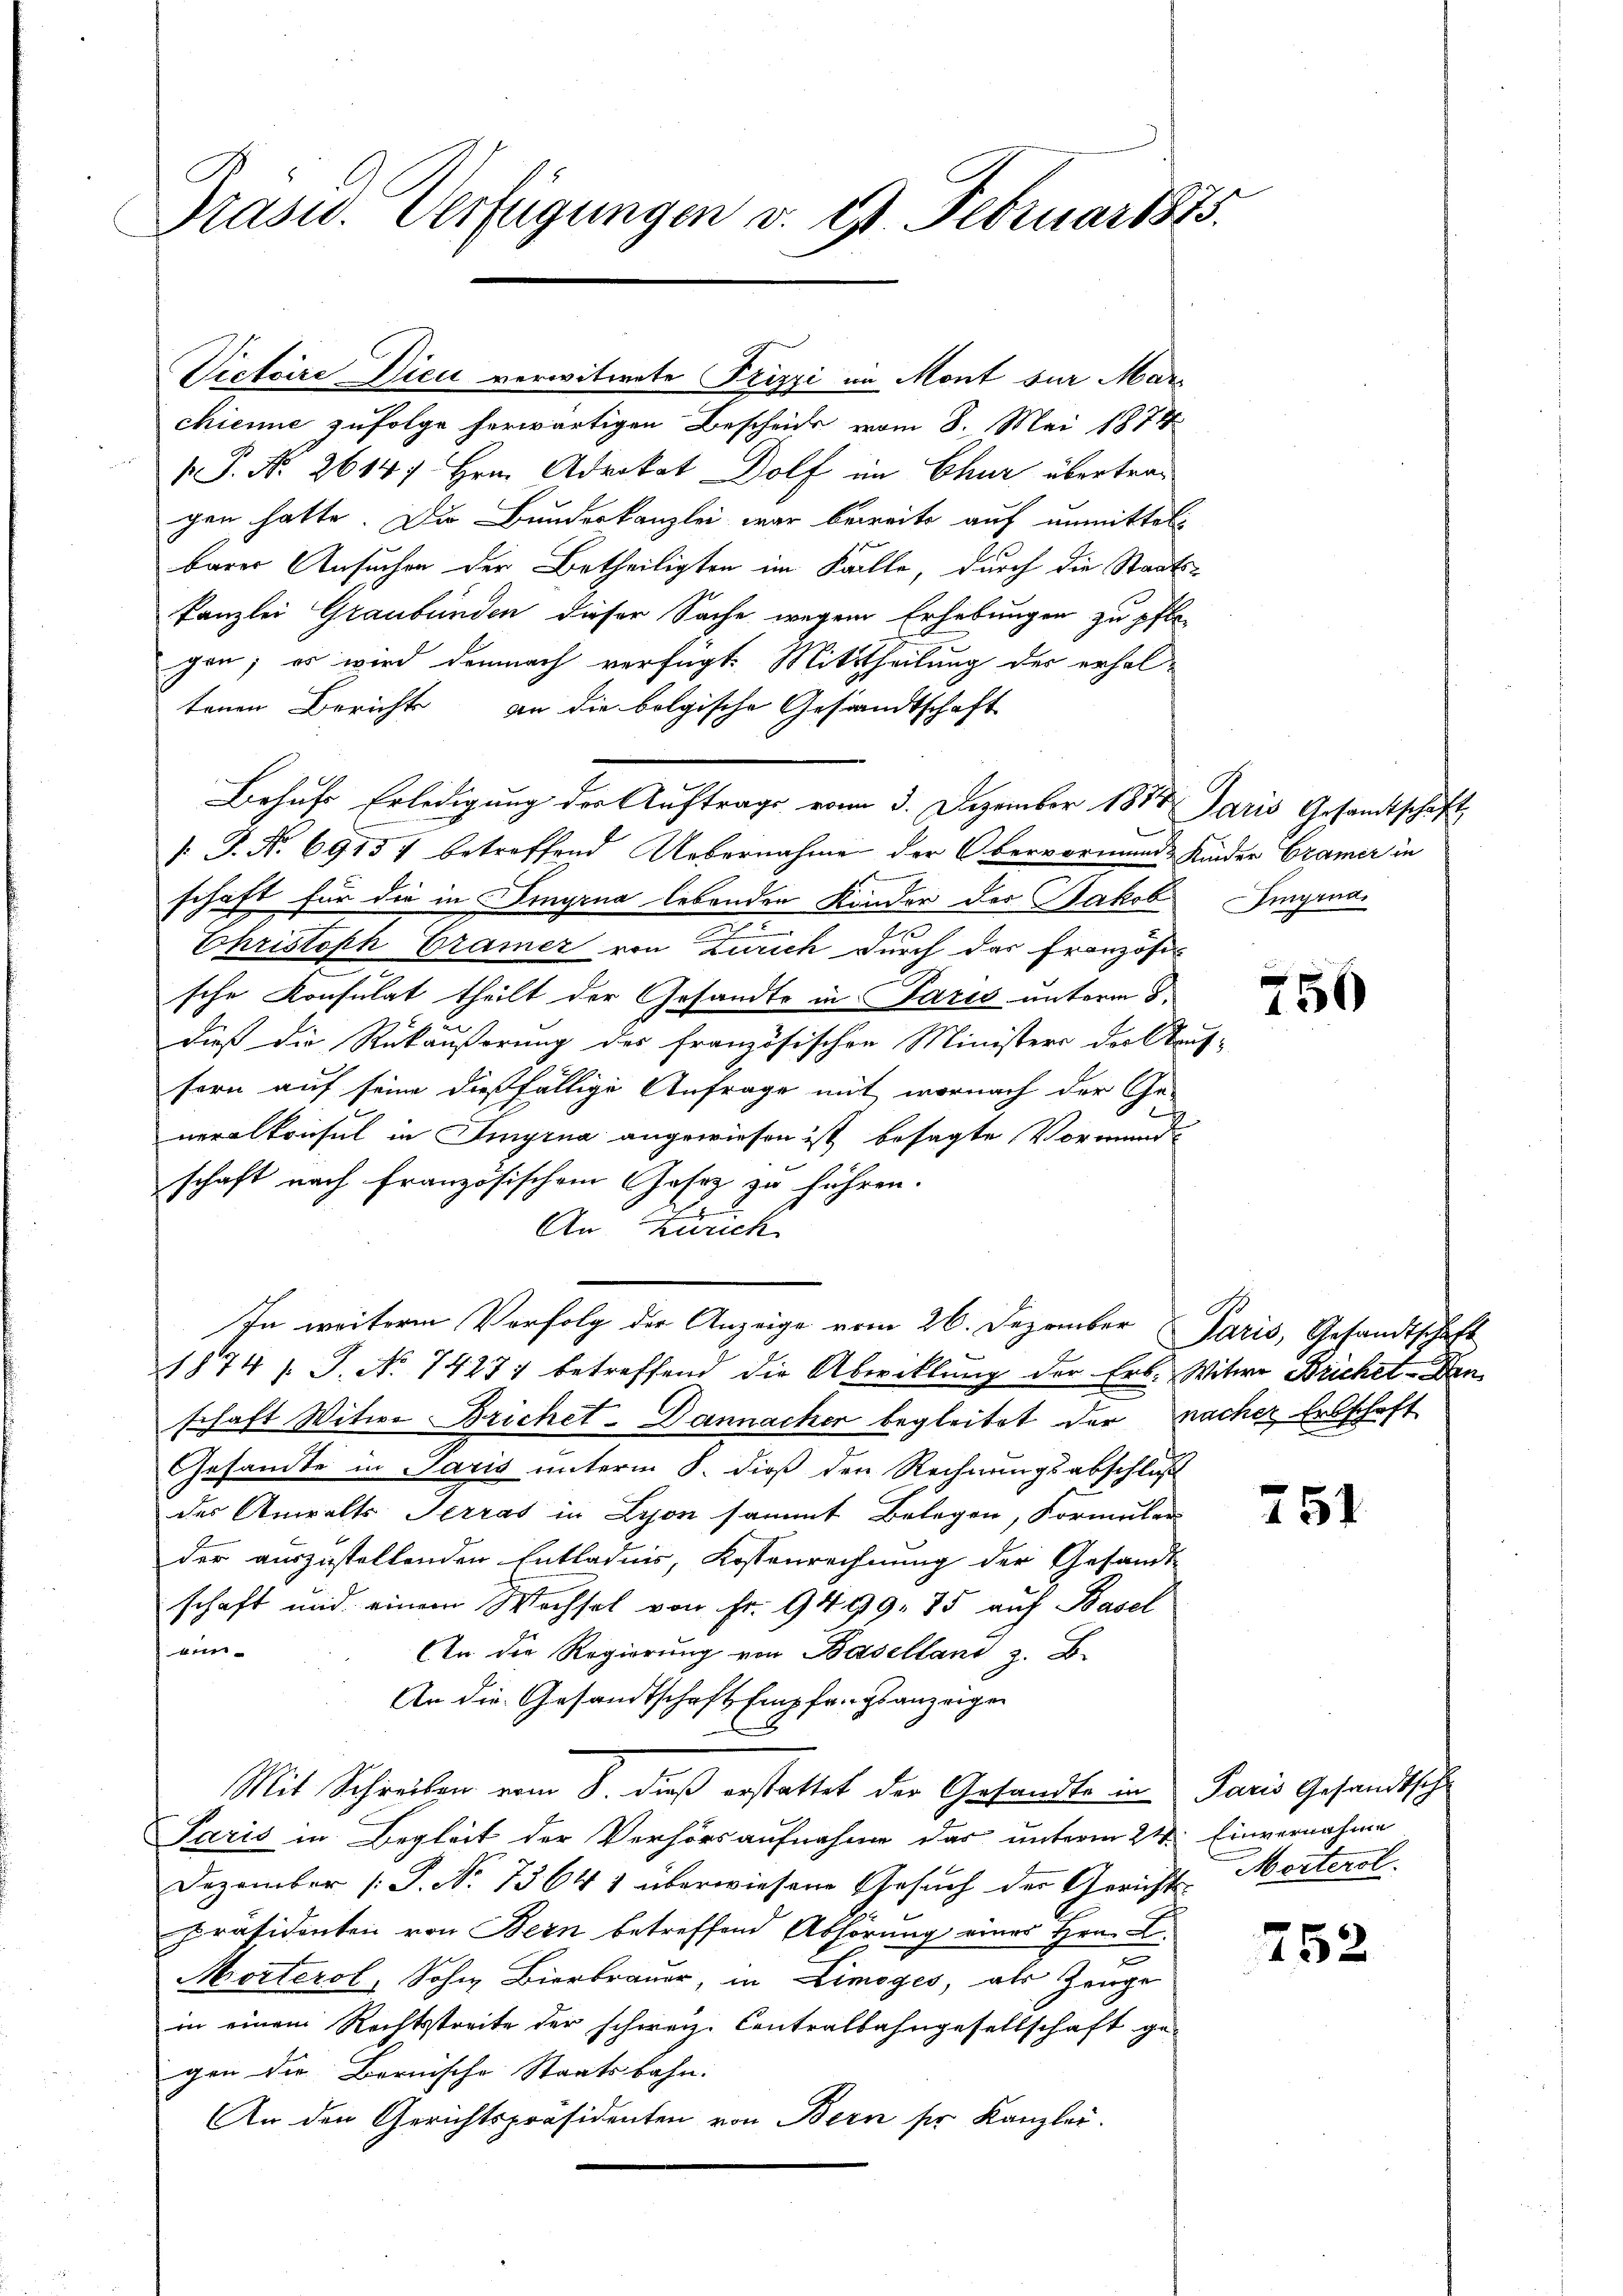
Präser. Verfügungen v. 9. Februar 1815.

Victoire Die verwitwete Prizzi im Mont für Marchiene zufolge herwärtigen Bescheide vom 8. Mai 1874
1 P. N. 2614/ Hrn. Advokat Dolf im Chur übertragen hatte. Die Bunderkanzlei war bereits auf unmittels
barer Ansuchen der Betheiligten im Falle, durch die Staatskanzlei Graubünden dieser Sache wegen Erhebungen zu pflegen; es wird demnach verfügt. Mittheilung der erhal-
tenen Berichts an die bolgische Gesandtschaft
Behufs Erledigung der Auftrags vom 3. Dezember 1881 Paris Gesandtschaft
1 J. No. 69157 betreffend Uebernahme der Obervormund Kinder Cramer in
schaft für die in Eingrua lebenden Kinder der Jakob
e
Christoph Cramer von Zürich durch das Französis
sche Konsulat theilt der Gesandts in Paris unterm 8.
dieß die Rükäußerung des französischen Ministers der Kauf-
sern auf seine dießfällige Anfrage mit wornach der Ge-
f
neralkonsul in Sinyrna angewiesen ist besagte Vormund
schaft nach französischem Gesez zu führen.
An Zürich
In weitere Verfolg der Anzeige vom 26. Dezember Paris, Gesandtschaft
1874 J. J. No 74277 betreffend die Abwicklung der Erb. Witwe Brichet-Den
schaft Witwe Brichet-Dannacher begleitet der nacher Erbschaft
Gesandte in Paris unterm 8. dieß den Rechnungsabschluß
der Anwalts Terras in Lyon sammt Belegen, Formular
der auszustellenden Entladnis, Kostenrechnung der Gesandt-
schaft und einem Wechsel von Fr. 9499. 75 auf Basel
t
An die Regierung von Baselland z. B.
An die Gesandtschaft Empfangsanzeigen
Mit Schreiben vom 8. dieß erstattet der Gesandte in Paris Gesandtsche
Paris in Begleit der Verhörsaufnahme das unterm 24. Einvernahme
Dezember (S. Nr. 75641 überwiesene Gesuch der Gerichts-Morterol
Präsidenten von Bern betreffend Abhörung eines Hrn. C.
e
Morterol, Sohn Bierbrauer, in Limoges, als Zeuge
in einem Rechtstreite der schweiz. Contralbahngesellschaft ge-
gen die Bernische Staatsbahn.
An den Gerichtspräsidenten von Bern ser Kanzlei.

Iingrua

756

751

252